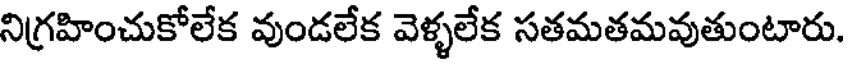
నిగ్రహించుకోలేక వుండలేక వెళ్ళలేక సతమతమవుతుంటారు.